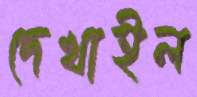
দেখাইল